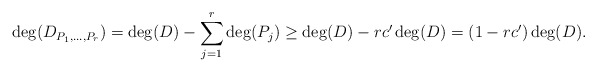
\begin{align*} \deg(D_{P_1, \dots, P_r}) = \deg(D) - \sum_{j=1}^r \deg(P_j) \geq \deg(D) - r c' \deg(D) = (1-rc') \deg(D). \end{align*}